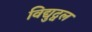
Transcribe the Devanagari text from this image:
विद्युद्वल